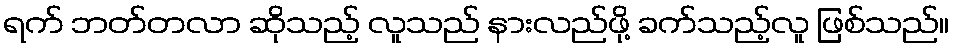
ရက် ဘတ်တလာ ဆိုသည့် လူသည် နားလည်ဖို့ ခက်သည့်လူ ဖြစ်သည်။